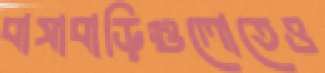
বাসাবাড়িগুলোতেও